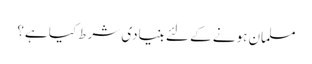
مسلمان ہونے کے لئے بنیادی شرط کیا ہے؟